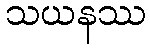
သယနဿ